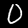
Label: 0